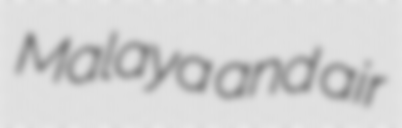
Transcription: Malaya and air